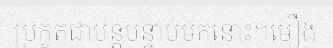
ប្រកួតជាបន្តបន្ទាប់មកនោះ។មឿង